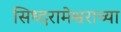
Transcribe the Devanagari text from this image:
सिध्दरामेश्वराच्या